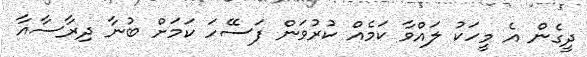
ދީގެން އެ މީހަކު ލައްވާ ކަމެއް ކުރުވަން ފަސޭހަ ކަމަށް ބުނާ ދިރާސާއާ